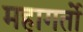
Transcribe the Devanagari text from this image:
महागर्तो